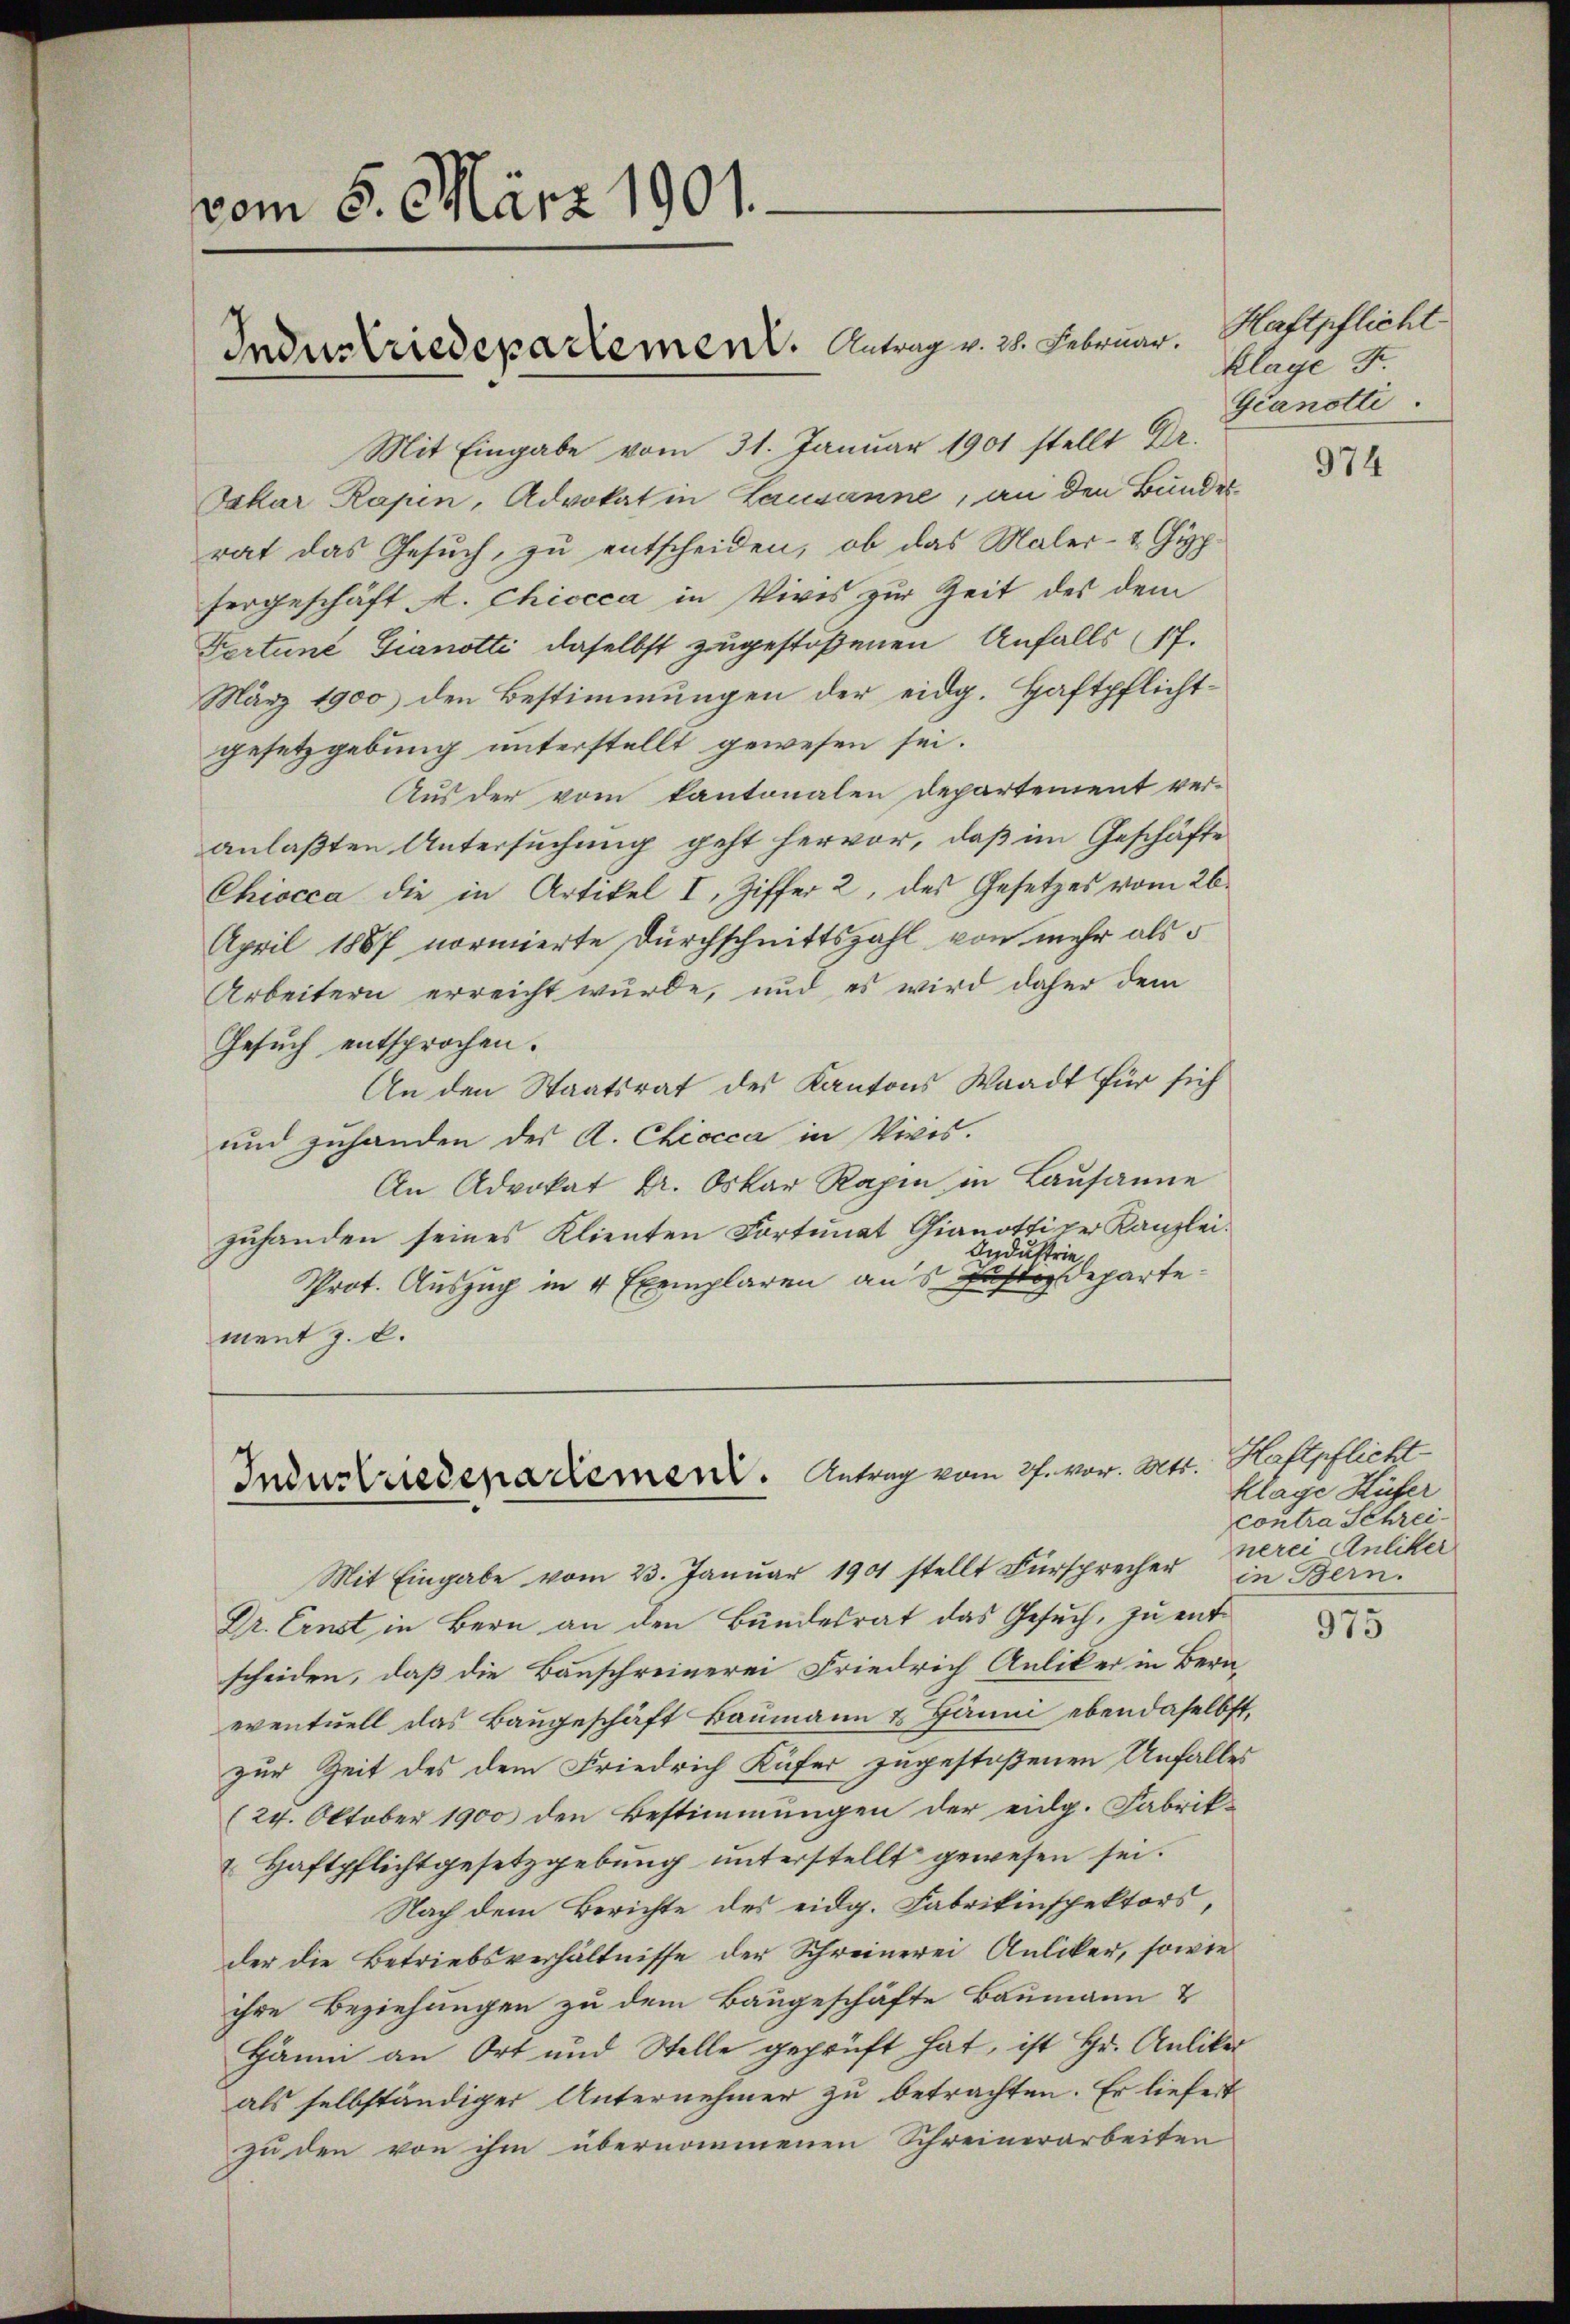
vom 5. März 1901.
Industriedepartement. Antrag v. 28. Februar.

Mit Eingabe vom 31. Januar 1901 stellt Dr.
Jakar Kapin, Advokat in Lausanne, an den Bundesrat das Gesuch, zu entscheiden, ob das Maler- & Gypfergeschäft A. Chiocca in Vives zur Zeit des dem
Fartune Gianotti daselbst zugestoßenen Anfalls (17.
März 1900 den Bestimmungen der eidg. Haftpflichtgesetzgebung unterstellt gewesen sei.
Aus der vom kantonalen Departement ver-
anlaßten Untersuchung geht hervor, daß im Geschäfte
Chiocca die in Artikel I, Ziffer 2, des Gesetzes vom 26.
April 1887 normierte Durchschnittszahl von mehr als d
Arbeitern erreicht wurde, und es wird daher dem
Gesŭch entsprochen.
An den Staatsrat des Kantons Waadt für sich
und zuhanden der A. Chiocca in Vivis.
 Advokat Dr. Oskar Ragin in Lausanne
zuhanden seines Klienten Fortunat Gianottiker Kanzlei.
Industrie
Prot. Auszug in 4 Exemplaren aus Justizdepartement z. B.

Industriedena dement. Antrag vom 27. vor. Mtt. Haftpflicht

Mit Eingabe vom 23. Januar 190 stellt Fürsprecher in Bern.
Dr. Ernst in Bern an den Bundesrat das Gesuch, zu entscheiden, daß die Bauschreinerei Friedrich Anliker in Bern,
eventuell das Baugeschäft Baumann & Jänni ebendaselbst,
zur Zeit des dem Friedrich Küfer zugestoßenen Unfalles
(24. Oktober 1900 den Bestimmungen der eidg. Fabrik¬
 Haftpflichtgesetzgebung unterstellt gewesen sei.
Nach dem Berichte des eidg. Fabrikinspektors,
der die Betriebsverhältnisse der Schreinerei Anliker, sowie
ihre Beziehungen zu dem Baugeschäfte Baumann &
Hänni an Ort und Stelle geprüft hat, ist Hr. Anliker
als selbständiger Unternehmer zu betrachten. Er liefert
zu den von ihm übernommenen Schreinerarbeiten

Haftpflicht
Klage 5.
Gianotti.

974

Klage Hüfer
contra Schreinerei Anliker

975